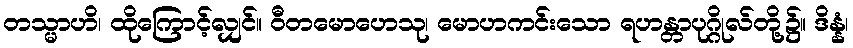
တသ္မာဟိ၊ ထိုကြောင့်လျှင်။ ဝီတမောဟေသု၊ မောဟကင်းသော ရဟန္တာပုဂ္ဂိုလ်တို့၌။ ဒိန္နံ၊